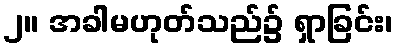
၂။ အခါမဟုတ်သည်၌ ရှာခြင်း၊